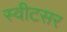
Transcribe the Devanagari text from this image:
स्वीटसर